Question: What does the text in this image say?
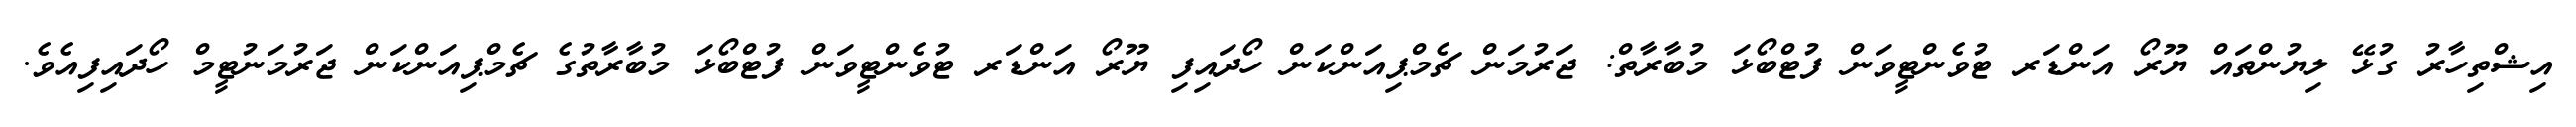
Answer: އިޝްތިހާރު ގުޅޭ ލިޔުންތައް ޔޫރޯ އަންޑަރ ޓުވެންޓީވަން ފުޓްބޯޅަ މުބާރާތް: ޖަރުމަން ޗެމްޕިއަންކަން ހޯދައިފި ޔޫރޯ އަންޑަރ ޓުވެންޓީވަން ފުޓްބޯޅަ މުބާރާތުގެ ޗެމްޕިއަންކަން ޖަރުމަނުޓީމް ހޯދައިފިއެވެ.